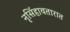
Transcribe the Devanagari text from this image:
नृसिंहावतारात